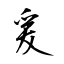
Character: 爰